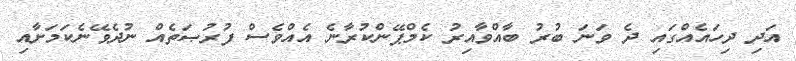
އަދި ދިހައެއްގައި ދެ ވަނަ ބުރު ބާއްވާއިރު ކެމްޕޭންކުރާނެ އެއްވެސް ފުރުޞަތެއް ނުދެވޭނެކަމަށާއި